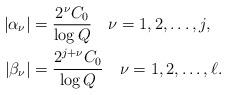
LaTeX: \begin{align*}|\alpha_{\nu}| &= \frac{2^{\nu}C_0}{\log Q} \ \ \ \nu=1,2,\dots,j, \\|\beta_{\nu}| &= \frac{2^{j+\nu}C_0}{\log Q} \ \ \ \nu=1,2,\dots,\ell.\end{align*}